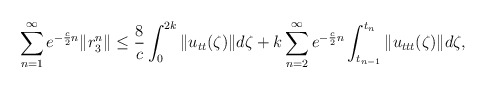
\begin{align*} \sum\limits_{n=1}^{\infty} e^{-\frac{c}{2}n } \|r_3^n\| \leq \frac{8}{c} \int_{0}^{2k} \|u_{tt}(\zeta)\|d\zeta + k\sum\limits_{n=2}^{\infty} e^{-\frac{c}{2}n }\int_{t_{n-1}}^{t_{n}} \|u_{ttt}(\zeta)\|d\zeta, \end{align*}